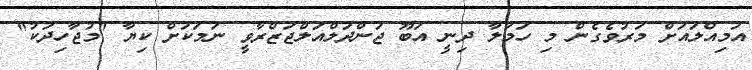
އަމިއްލައަށް މަރުވެގެން މި ހަމަލާ ދިނީ އަބޫ ޖަންދަލްއަލްޖަޒްރާވީ ނަމަަކަށް ކިޔާ "މުޖާހިދަކު"